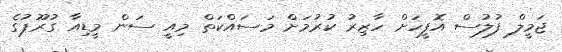
ޖަމީލް ފުލުސް އޮފީހަށް ހާޒިރު ކުރުމަށް މަސައްކަތް މިއީ ސަން މީޑިއާ ގުރޫޕުގެ